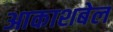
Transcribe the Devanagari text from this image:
आकाशबेल